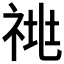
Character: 𰨁